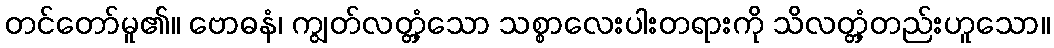
တင်တော်မူ၏။ ဗောဓနံ၊ ကျွတ်လတ္တံ့သော သစ္စာလေးပါးတရားကို သိလတ္တံ့တည်းဟူသော။